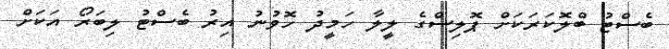
ބެސްޓު ބްލޮކަރަކަށް ޕޮލިސްގެ ލީލާ ހަމީދު ހޮވުނު އިރު ބެސްޓު ލިބަރޯ އަކަށް